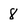
Character: 8